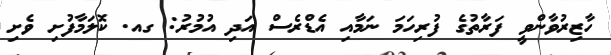
ހާޒިރުވާންވީ ފަރާތުގެ ފުރިހަމަ ނަމާއި އެޑްރެސް އަދި އުމުރު: ގއ. ކޮލަމާފުށި ވެށި